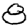
Digit: 8